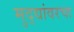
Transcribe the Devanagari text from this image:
मुद्द्यांवरचा